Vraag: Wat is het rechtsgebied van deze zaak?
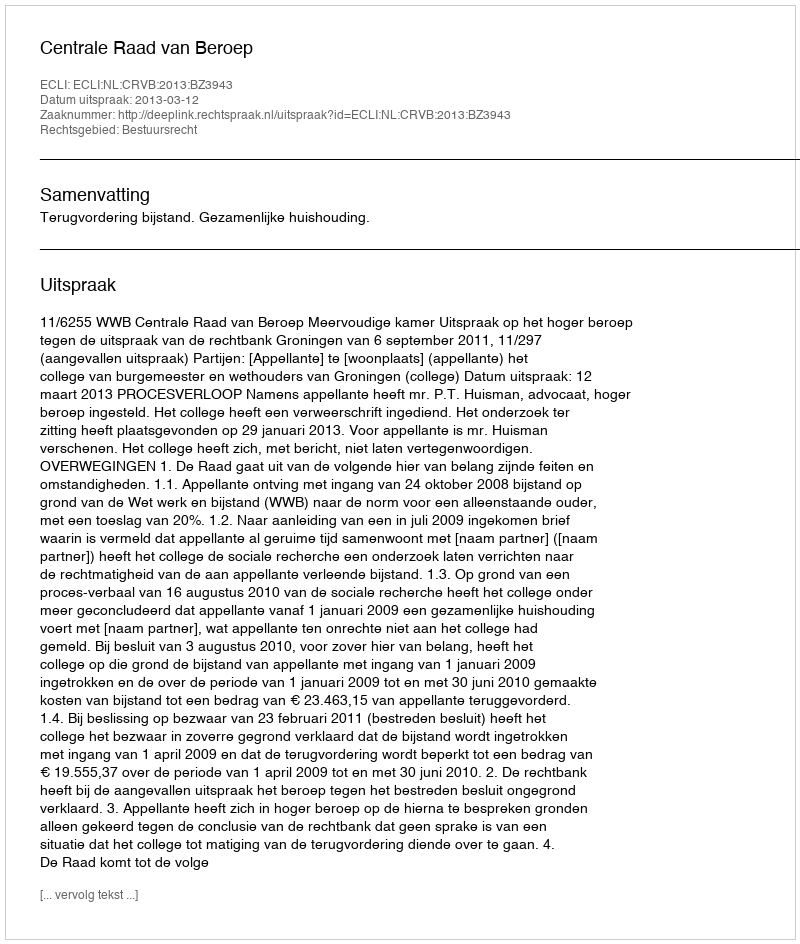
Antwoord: Bestuursrecht